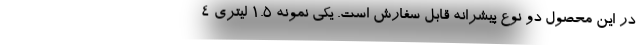
در این محصول دو نوع پیشرانه قابل سفارش است. یکی نمونه 1.5 لیتری 4